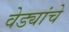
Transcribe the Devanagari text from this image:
वेड्यांचे